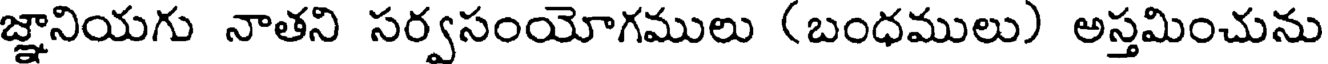
జ్ఞానియగు నాతని సర్వసంయోగములు (బంధములు) అస్తమించును